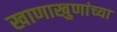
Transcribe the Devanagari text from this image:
खाणाखुणांच्या